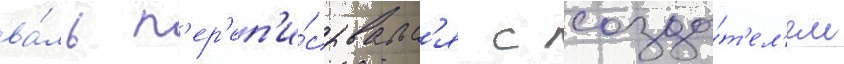
ва́ль п'ер'еп'и́сывалс'я с созда́т'ел'ем